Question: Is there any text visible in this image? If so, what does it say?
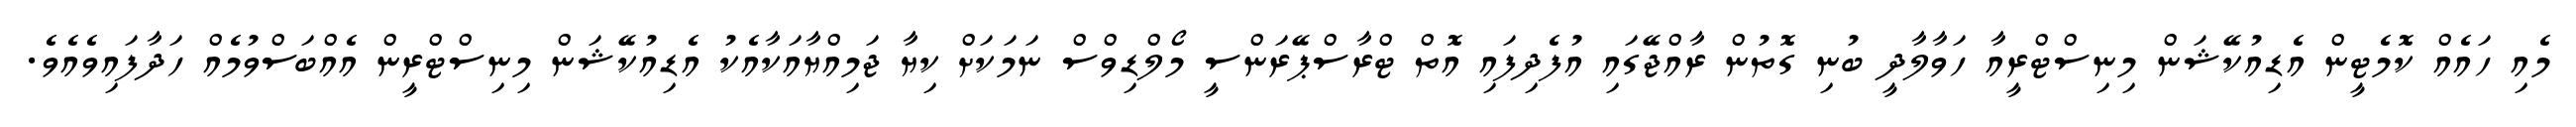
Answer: މެއި ހައެއް ކޮމެޓީން އެޑިއުކޭޝަން މިނިސްޓްރީއާ ހަވާލާދީ ބުނި ގޮތުން ރާއްޖޭގައި އުފެދިފައި އޮތް ޓްރާސްޕޭރަންސީ މޯލްޑިވްސް ނަމަކަށް ކިޔާ ޖަމިއްޔާއަކާއެކު އެޑިއުކޭޝަން މިނިސްޓްރީން އެއްބަސްވުމެއް ހަދާފައިވެއެވެ.